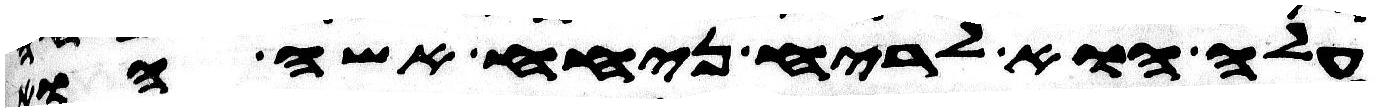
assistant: עלה הוא לריח ניחח אשה הוא